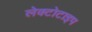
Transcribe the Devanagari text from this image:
लेक्टोटाइप